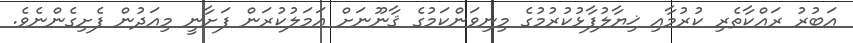
އަބުރު ރައްކާތެރި ކުރުމާއި ޚިޔާލުފާޅުކުރުމުގެ މިނިވަންކަމުގެ ޤާނޫނަށް އަމަލުކުރަން ފަށާނީ މިއަދުން ފެށިގެންނެވެ.